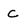
Character: C